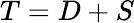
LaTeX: T=D+S